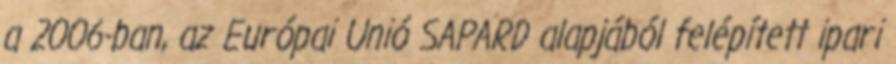
a 2006-ban, az Európai Unió SAPARD alapjából felépített ipari